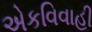
એકવિવાહી